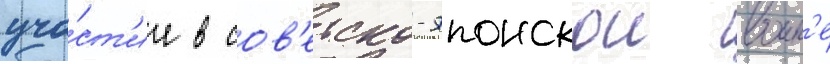
уча́ст'ие в сов'етско-японскои воин'е